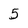
Character: 5